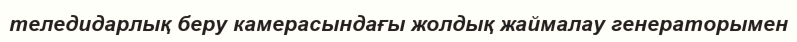
теледидарлық беру камерасындағы жолдық жаймалау генераторымен